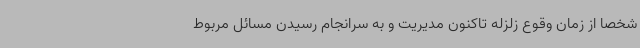
شخصاً از زمان وقوع زلزله تاکنون مدیریت و به سرانجام رسیدن مسائل مربوط